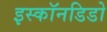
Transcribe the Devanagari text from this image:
इस्कॉनडिडो